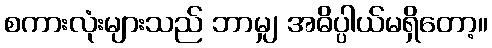
စကားလုံးများသည် ဘာမျှ အဓိပ္ပါယ်မရှိတော့။